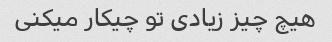
هیچ چیز زیادی تو چیکار میکنی